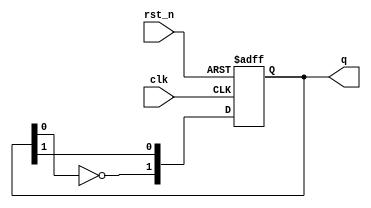
module dual_stage_johnson_counter (
    input wire clk,         // Clock signal
    input wire rst_n,      // Asynchronous active-low reset signal
    output reg [1:0] q     // 2-bit output for the counter
);
    
    // Initial state
    initial begin
        q = 2'b00;         // Initialize the counter to `00`
    end
    
    // State transition on the rising edge of the clock
    always @(posedge clk or negedge rst_n) begin
        if (!rst_n) begin
            q <= 2'b00;    // Reset to `00` if reset is active
        end else begin
            // Dual-stage Johnson Counter state transition
            // Next state: q1 = q2, q2 = ~q1
            q[0] <= q[1];   // D1 takes the value of D2
            q[1] <= ~q[0];  // D2 takes the inverted value of D1
        end
    end

endmodule